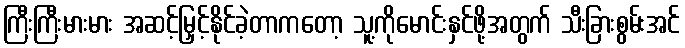
ကြီးကြီးမားမား အဆင့်မြှင့်နိုင်ခဲ့တာကတော့ သူ့ကိုမောင်းနှင်ဖို့အတွက် သီးခြားစွမ်းအင်